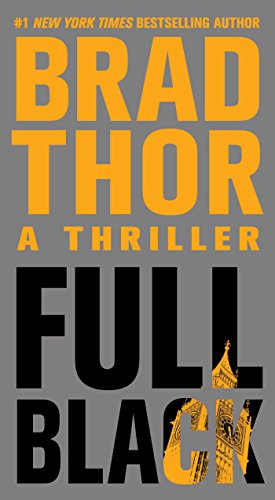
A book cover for Full Black: A Thriller (The Scot Harvath Series); Brad Thor; Literature & Fiction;